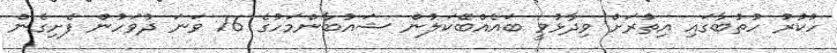
ހުކުރު ހުތުބާގައި އިތުރަށް ވިދާޅުވީ ބައެއްބޭކަލުން ޝައުބާންމަހުގެ 16 ވަނަ ދުވަހުން ފެށިގެން